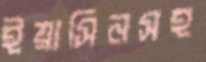
ইয়াসিনসহ